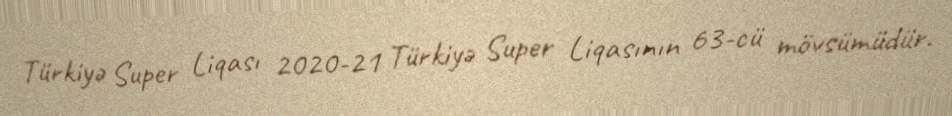
Türkiyə Super Liqası 2020-21 Türkiyə Super Liqasının 63-cü mövsümüdür.